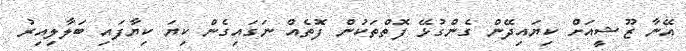
އޭނާ ޒޫޝީއަށް ކިޔައިދޭން ގެންގުޅޭ ފޮތްތަކުން ފޮތެއް ނަގައިގެން ކިޔަ ކިޔާފައި ބަލާލިއިރު